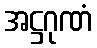
အဋ္ဌဂုဏံ